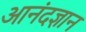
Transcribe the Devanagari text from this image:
आनंदज्ञान